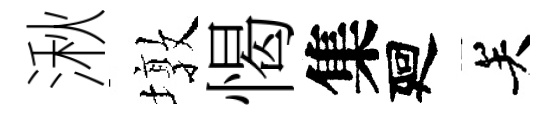
湫墩愒集廻关